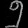
Digit: ၅